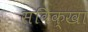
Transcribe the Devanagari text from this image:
सविक्खा